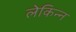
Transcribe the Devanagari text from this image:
लेकिन्न